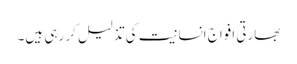
بھارتی افواج انسانیت کی تذلیل کر رہی ہیں۔